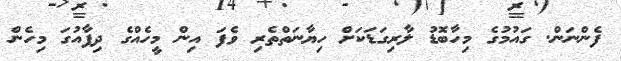
ފެންނަން. ގައުމުގެ މިހާބޮޑު ލާރިގަޑަކަށް ހިޔާނަތްތެރި ވެފަ އިން މީހެއްގެ ދިފާއުގަ މިހެން